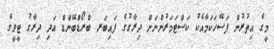
މީގެ އިތުރުން ފަސޭހަކަމާއެކު ކަސްޓަމަރުންނަށް ދިރާގުގެ ފައިބަރ ބްރޯޑްބޭންޑް އަދި ދިރާގު ޓީވީގެ